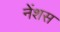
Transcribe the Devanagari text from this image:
नेंशस